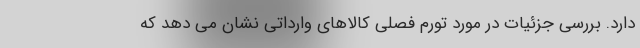
دارد. بررسی جزئیات در مورد تورم فصلی کالاهای وارداتی نشان می دهد که